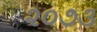
૨૦૭૩